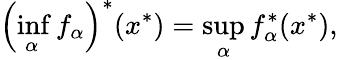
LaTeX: \left(\operatorname*{inf}_{\alpha}f_{\alpha}\right)^{*}(x^{*})=\operatorname*{sup}_{\alpha}f_{\alpha}^{*}(x^{*}),